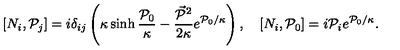
[ N _ { i } , { \cal P } _ { j } ] = i \delta _ { i j } \left( \kappa \sinh \frac { { \cal P } _ { 0 } } \kappa - \frac { \vec { { \cal P } } { } ^ { 2 } } { 2 \kappa } e ^ { { \cal P } _ { 0 } / \kappa } \right) , \quad [ N _ { i } , { \cal P } _ { 0 } ] = i { \cal P } _ { i } e ^ { { \cal P } _ { 0 } / \kappa } .